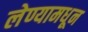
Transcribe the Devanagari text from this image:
लेण्यामधून